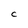
Character: C